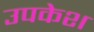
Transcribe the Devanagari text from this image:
उपकेश